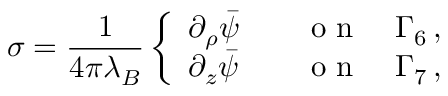
\sigma = \frac { 1 } { 4 \pi \lambda _ { B } } \left\{ \begin{array} { l l } { \partial _ { \rho } \bar { \psi } \quad } & { \textrm { o n } \quad \Gamma _ { 6 } \, , } \\ { \partial _ { z } \bar { \psi } \quad } & { \textrm { o n } \quad \Gamma _ { 7 } \, , } \end{array} \right.